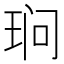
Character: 𮴖